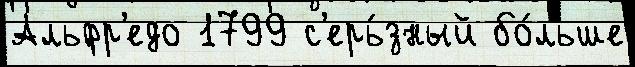
Альфр'едо 1799 с'ерь́зный бо́льше